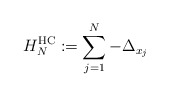
\begin{align*}H_N^\mathrm{HC}:= \sum_{j=1}^N -\Delta_{x_j}\end{align*}